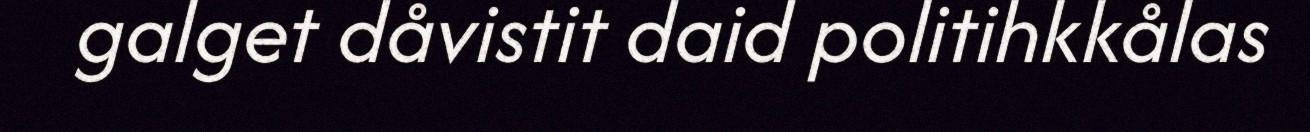
galget dåvistit daid politihkkålas